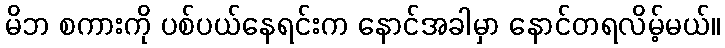
မိဘ စကားကို ပစ်ပယ်နေရင်းက နောင်အခါမှာ နောင်တရလိမ့်မယ်။